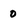
Character: 0